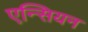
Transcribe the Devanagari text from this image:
एन्सियन